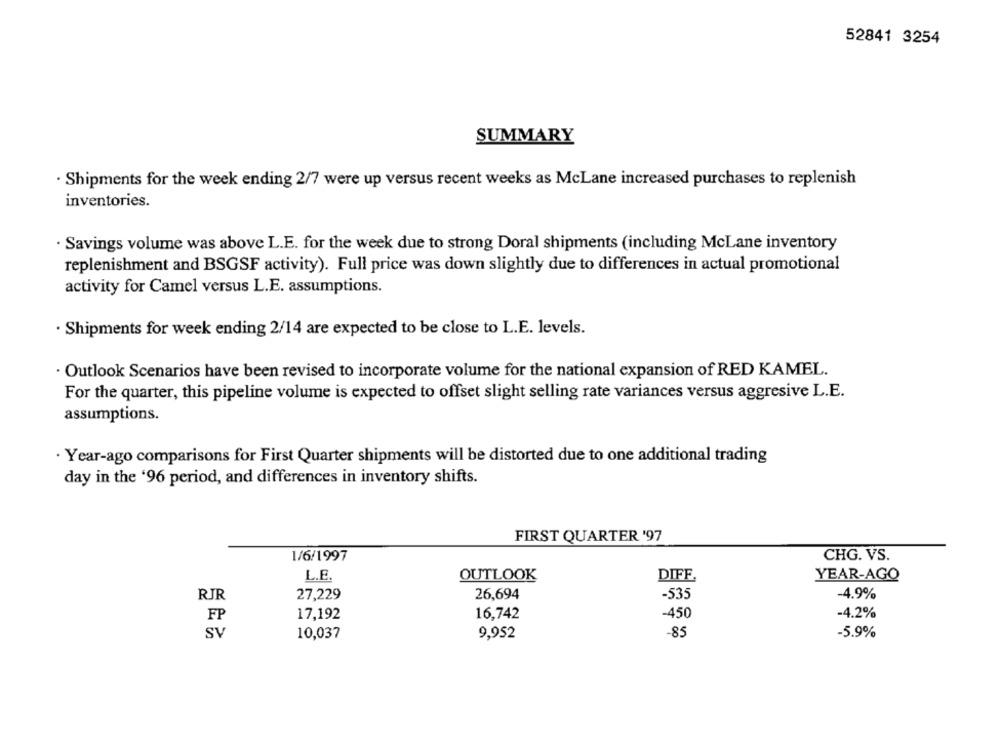
52841 3254
SUMMARY
· Shipments for the week ending 2/7 were up versus recent weeks as McLane increased purchases to replenish
inventories.
· Savings volume was above L.E. for the week due to strong Doral shipments (including McLane inventory
replenishment and BSGSF activity). Full price was down slightly due to differences in actual promotional
activity for Camel versus L.E. assumptions.
Shipments for week ending 2/14 are expected to be close to L.E. levels.
· Outlook Scenarios have been revised to incorporate volume for the national expansion of RED KAMEL.
For the quarter, this pipeline volume is expected to offset slight selling rate variances versus aggresive L.E.
assumptions.
· Year-ago comparisons for First Quarter shipments will be distorted due to one additional trading
day in the '96 period, and differences in inventory shifts.
FIRST QUARTER '97
1/6/1997
CHG. VS.
L.E.
OUTLOOK
DIFF
YEAR-AGO
RJR
27,229
26,694
-535
-4.9%
FP
16,742
-450
-4.2%
17,192
SV
10,037
9,952
-85
-5.9%